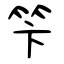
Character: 笇